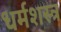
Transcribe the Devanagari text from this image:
धर्मशस्त्र